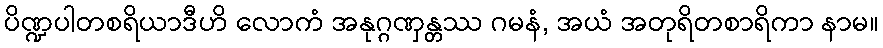
ပိဏ္ဍပါတစရိယာဒီဟိ လောကံ အနုဂ္ဂဏှန္တဿ ဂမနံ, အယံ အတုရိတစာရိကာ နာမ။